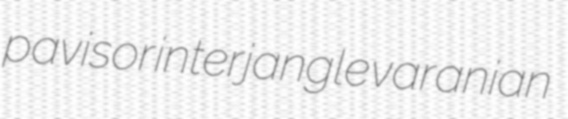
pavisor interjangle varanian